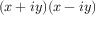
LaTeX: ( x + i y ) ( x - i y )